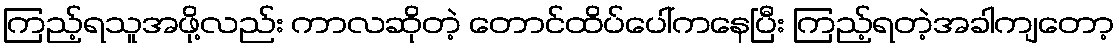
ကြည့်ရသူအဖို့လည်း ကာလဆိုတဲ့ တောင်ထိပ်ပေါ်ကနေပြီး ကြည့်ရတဲ့အခါကျတော့